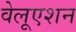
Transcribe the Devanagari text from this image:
वेलूएशन